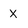
Character: X